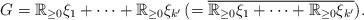
LaTeX: \begin{align*}G = \mathbb{R}_{\ge 0} \xi_1 + \dots + \mathbb{R}_{\ge 0} \xi_{k'}\,(=\overline{\mathbb{R}_{\ge 0} \xi_1 + \dots + \mathbb{R}_{\ge 0} \xi_{k'}}).\end{align*}